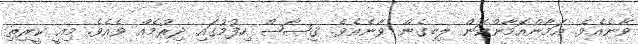
ވާނެއެވެ. އަމާންއޮމާންކަން ލިބިގެން ވާނެއެވެ. ޤިޞާޞް ހިފުމުގައި ދިރުމެއް ވެއެވެ. މިއީ ކީރިތި